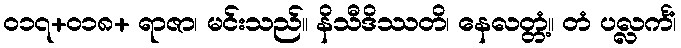
၀၁၇+၀၁၈+ ရာဇာ၊ မင်းသည်။ နိသီဒိဿတိ၊ နေလတ္တံ့။ တံ ပလ္လင်္ကံ၊